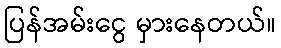
ပြန်အမ်းငွေ မှားနေတယ်။